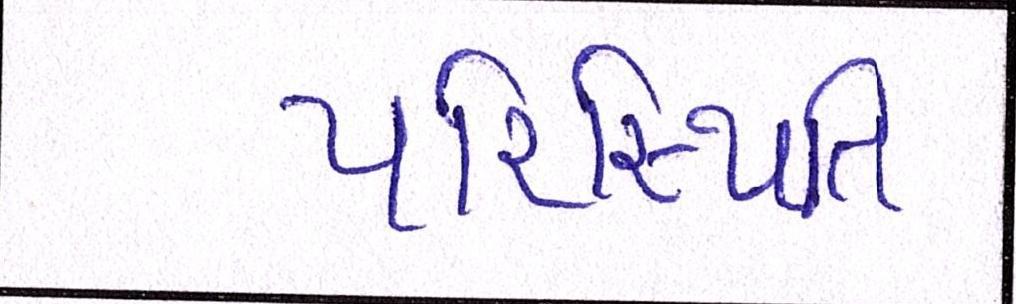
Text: પરિસ્થિતિ